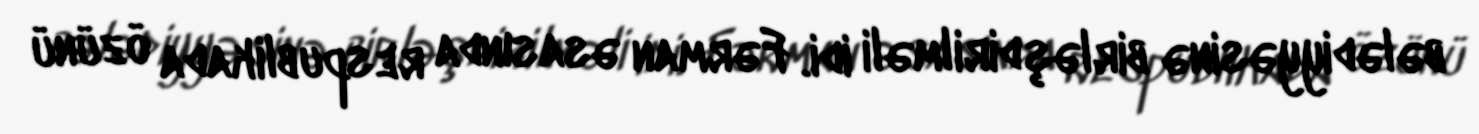
bələdiyyəsinə birləşdirilməli idi. Fərman əsasında respublikada özünü